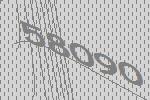
58090